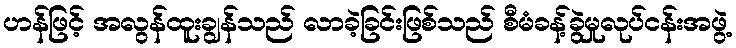
ဟန်ဖြင့် အလွန်ထူးချွန်သည် လာခဲ့ခြင်းဖြစ်သည် စီမံခန့်ခွဲမှုလုပ်ငန်းအဖွဲ့